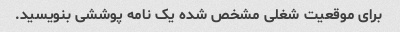
برای موقعیت شغلی مشخص شده یک نامه پوششی بنویسید.